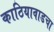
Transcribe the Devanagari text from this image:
काठियावाडचा